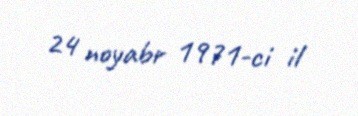
24 noyabr 1971-ci il